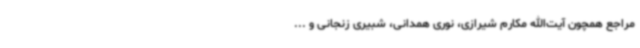
مراجع همچون آیت‌الله مکارم شیرازی، نوری همدانی، شبیری زنجانی و ...